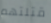
قتلتهم